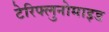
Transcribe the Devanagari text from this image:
टेरिफ्लुनोमाइड